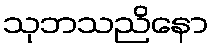
သုဘသညိနော